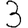
Digit: 3